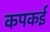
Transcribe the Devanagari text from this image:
कपकई